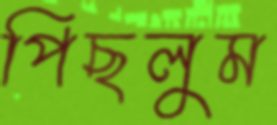
পিছলুম